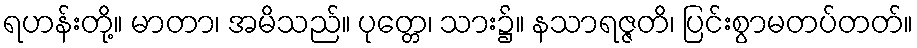
ရဟန်းတို့။ မာတာ၊ အမိသည်။ ပုတ္တေ၊ သား၌။ နသာရဇ္ဇတိ၊ ပြင်းစွာမတပ်တတ်။